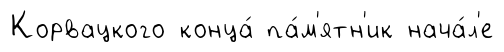
Корвацкого конца́ па́м'ятн'ик нача́л'е